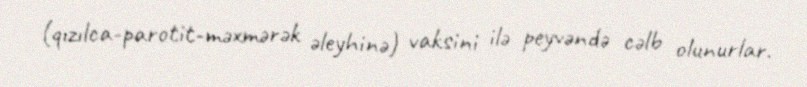
(qızılca-parotit-məxmərək əleyhinə) vaksini ilə peyvəndə cəlb olunurlar.